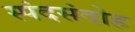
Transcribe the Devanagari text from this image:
स्पंदसंदोह